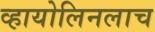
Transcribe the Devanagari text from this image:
व्हायोलिनलाच